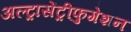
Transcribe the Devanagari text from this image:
अल्ट्रासेंट्रीफुगेशन